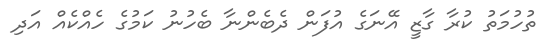
ތުހުމަތު ކުރާ ގާޒީ އޭނަގެ އުފަން ދެބެންނާ ބެހުނު ކަމުގެ ހެއްކެއް އަދި